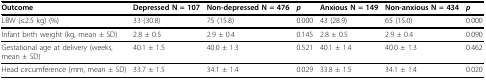
<table><thead><tr><td><b>Outcome</b></td><td><b>Depressed N = 107</b></td><td><b>Non-depressed N = 476</b></td><td><b><i>p</i></b></td><td><b>Anxious N = 149</b></td><td><b>Non-anxious N = 434</b></td><td><b><i>p</i></b></td></tr></thead><tbody><tr><td>LBW (≤2.5 kg) (%)</td><td>33 (30.8)</td><td>75 (15.8)</td><td>0.000</td><td>43 (28.9)</td><td>65 (15.0)</td><td>0.000</td></tr><tr><td>Infant birth weight (kg, mean ± SD)</td><td>2.8 ± 0.5</td><td>2.9 ± 0.4</td><td>0.145</td><td>2.8 ± 0.5</td><td>2.9 ± 0.4</td><td>0.090</td></tr><tr><td>Gestational age at delivery (weeks, mean ± SD)</td><td>40.1 ± 1.5</td><td>40.0 ± 1.3</td><td>0.521</td><td>40.1 ± 1.4</td><td>40.0 ± 1.3</td><td>0.462</td></tr><tr><td>Head circumference (mm, mean ± SD)</td><td>33.7 ± 1.5</td><td>34.1 ± 1.4</td><td>0.029</td><td>33.8 ± 1.5</td><td>34.1 ± 1.4</td><td>0.020</td></tr></tbody></table>